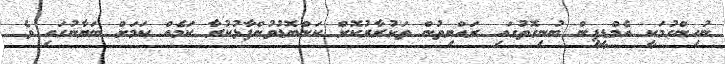
ނުހިންގުމަކީ އެމްޑީޕީން ބުނިގޮތުގައި ރައްޔިތުން ތަކުރާރުކޮށް ކަންބޮޑުވުންފާޅުކުރާ ކަމެއް ކަމަށް ބަޔާނުގައި ވެ